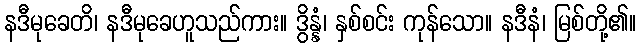
နဒီမုခေတိ၊ နဒီမုခေဟူသည်ကား။ ဒွိန္နံ၊ နှစ်စင်း ကုန်သော။ နဒီနံ၊ မြစ်တို့၏။